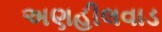
અણહીલવાડ